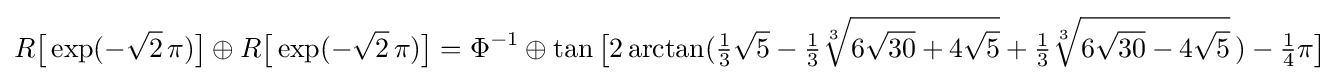
R{\bigl [}\exp(-{\sqrt {2}}\,\pi ){\bigr ]}\oplus R{\bigl [}\exp(-{\sqrt {2}}\,\pi ){\bigr ]}=\Phi ^{-1}\oplus \tan {\bigl [}2\arctan({\tfrac {1}{3}}{\sqrt {5}}-{\tfrac {1}{3}}{\sqrt[{3}]{6{\sqrt {30}}+4{\sqrt {5}}}}+{\tfrac {1}{3}}{\sqrt[{3}]{6{\sqrt {30}}-4{\sqrt {5}}}}\,)-{\tfrac {1}{4}}\pi {\bigr ]}